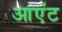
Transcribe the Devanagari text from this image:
आएंट